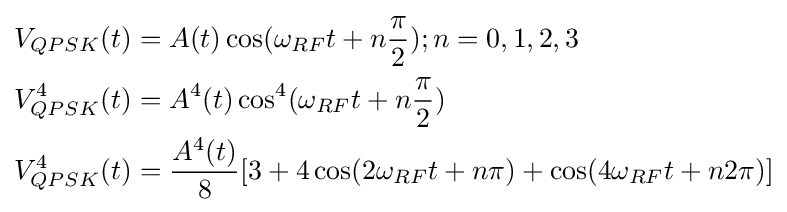
{\begin{aligned}V_{QPSK}(t)&{}=A(t)\cos(\omega _{RF}t+n{\frac {\pi }{2}});n=0,1,2,3\\V_{QPSK}^{4}(t)&{}=A^{4}(t)\cos ^{4}(\omega _{RF}t+n{\frac {\pi }{2}})\\V_{QPSK}^{4}(t)&{}={\frac {A^{4}(t)}{8}}[3+4\cos(2\omega _{RF}t+n{\pi })+\cos(4\omega _{RF}t+n2\pi )]\end{aligned}}